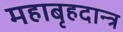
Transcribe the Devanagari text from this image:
महाबृहदान्त्र